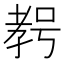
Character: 𱙾